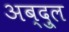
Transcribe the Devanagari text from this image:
अब्दु्ल